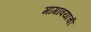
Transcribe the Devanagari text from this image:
मागावयाची